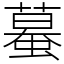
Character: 蟇